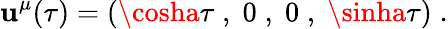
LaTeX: \mathbf{u}^{\mu}(\tau)=(\cosha\tau\; ,\; 0\; ,\; 0\; ,\; \sinha\tau)\; .